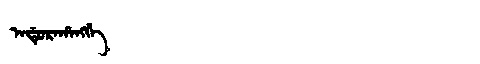
Manchu: ᠠᡩᡠᡵᠠᡥᠠᠩᡤᡝ
Romanization: ADURAHANGGE